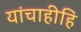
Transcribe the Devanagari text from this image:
यांचाहीहि